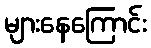
များနေကြောင်း